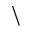
\backslash